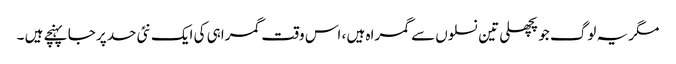
مگر یہ لوگ جو پچھلی تین نسلوں سے گمراہ ہیں ، اس وقت گمراہی کی ایک نئی حد پر جا پہنچے ہیں ۔